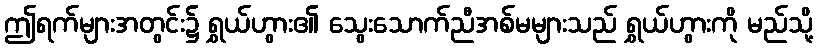
ဤရက်များအတွင်း၌ ရွှယ်ဟွား၏ သွေးသောက်ညီအစ်မများသည် ရွှယ်ဟွားကို မည်သို့